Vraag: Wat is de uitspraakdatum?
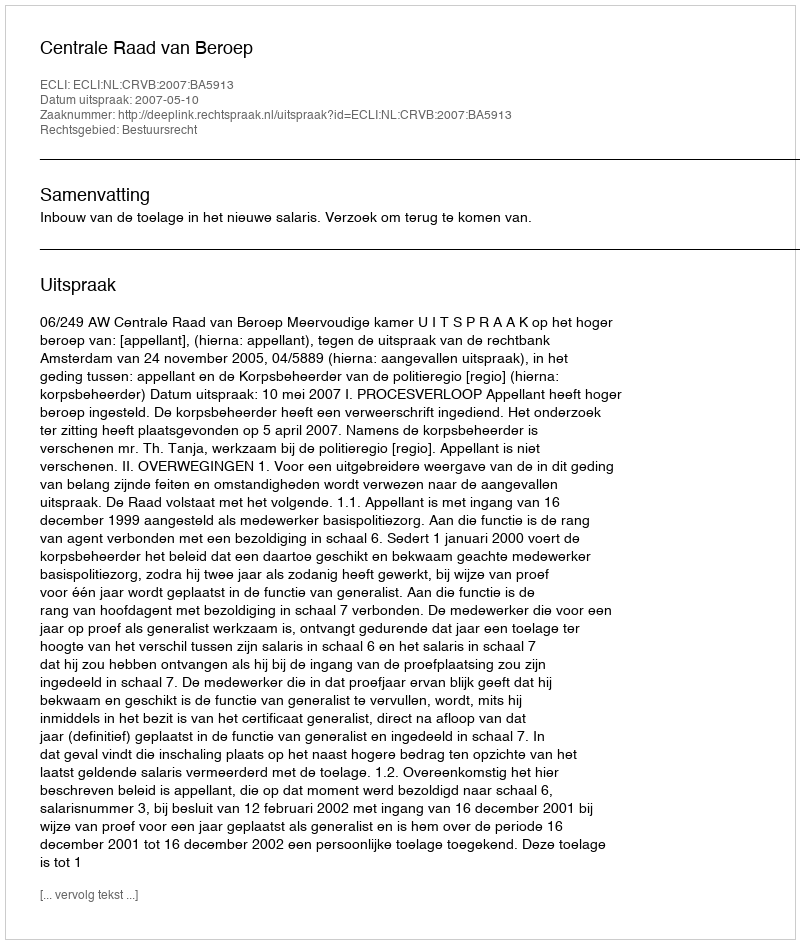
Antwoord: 2007-05-10